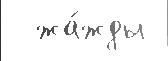
  жа́жды